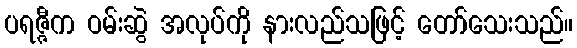
ပရဇ္ဇီက ဝမ်းဆွဲ အလုပ်ကို နားလည်သဖြင့် တော်သေးသည်။